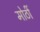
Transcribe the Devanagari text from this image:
मोठीं